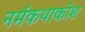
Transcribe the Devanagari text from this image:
नर्मकथाकोश